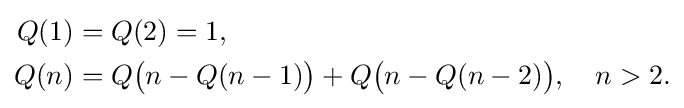
{\begin{aligned}Q(1)&=Q(2)=1,\\Q(n)&=Q{\big (}n-Q(n-1){\big )}+Q{\big (}n-Q(n-2){\big )},\quad n>2.\end{aligned}}